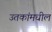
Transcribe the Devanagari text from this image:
उतकांमधील